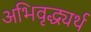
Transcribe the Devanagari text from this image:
अभिवृद्ध्यर्थ